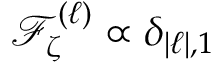
\mathop { \mathcal { F } _ { \zeta } ^ { ( \ell ) } } \propto \delta _ { | \ell | , 1 }